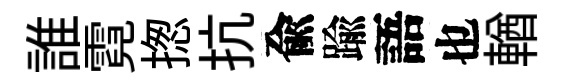
誰霓揔抗兪踰語也輶